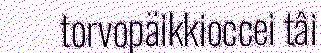
torvopäikkioccei tâi